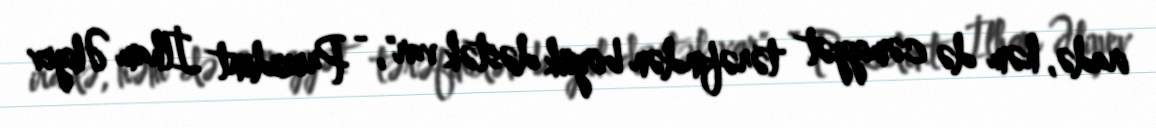
iradə, həm də cəmiyyət tərəfindən böyük dəstək var", - Prezident İlham Əliyev